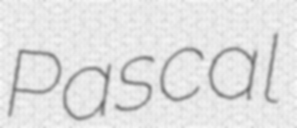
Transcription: Pascal